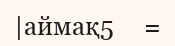
|аймақ5     =